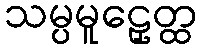
သမ္ပမူဠှေတ္ထ